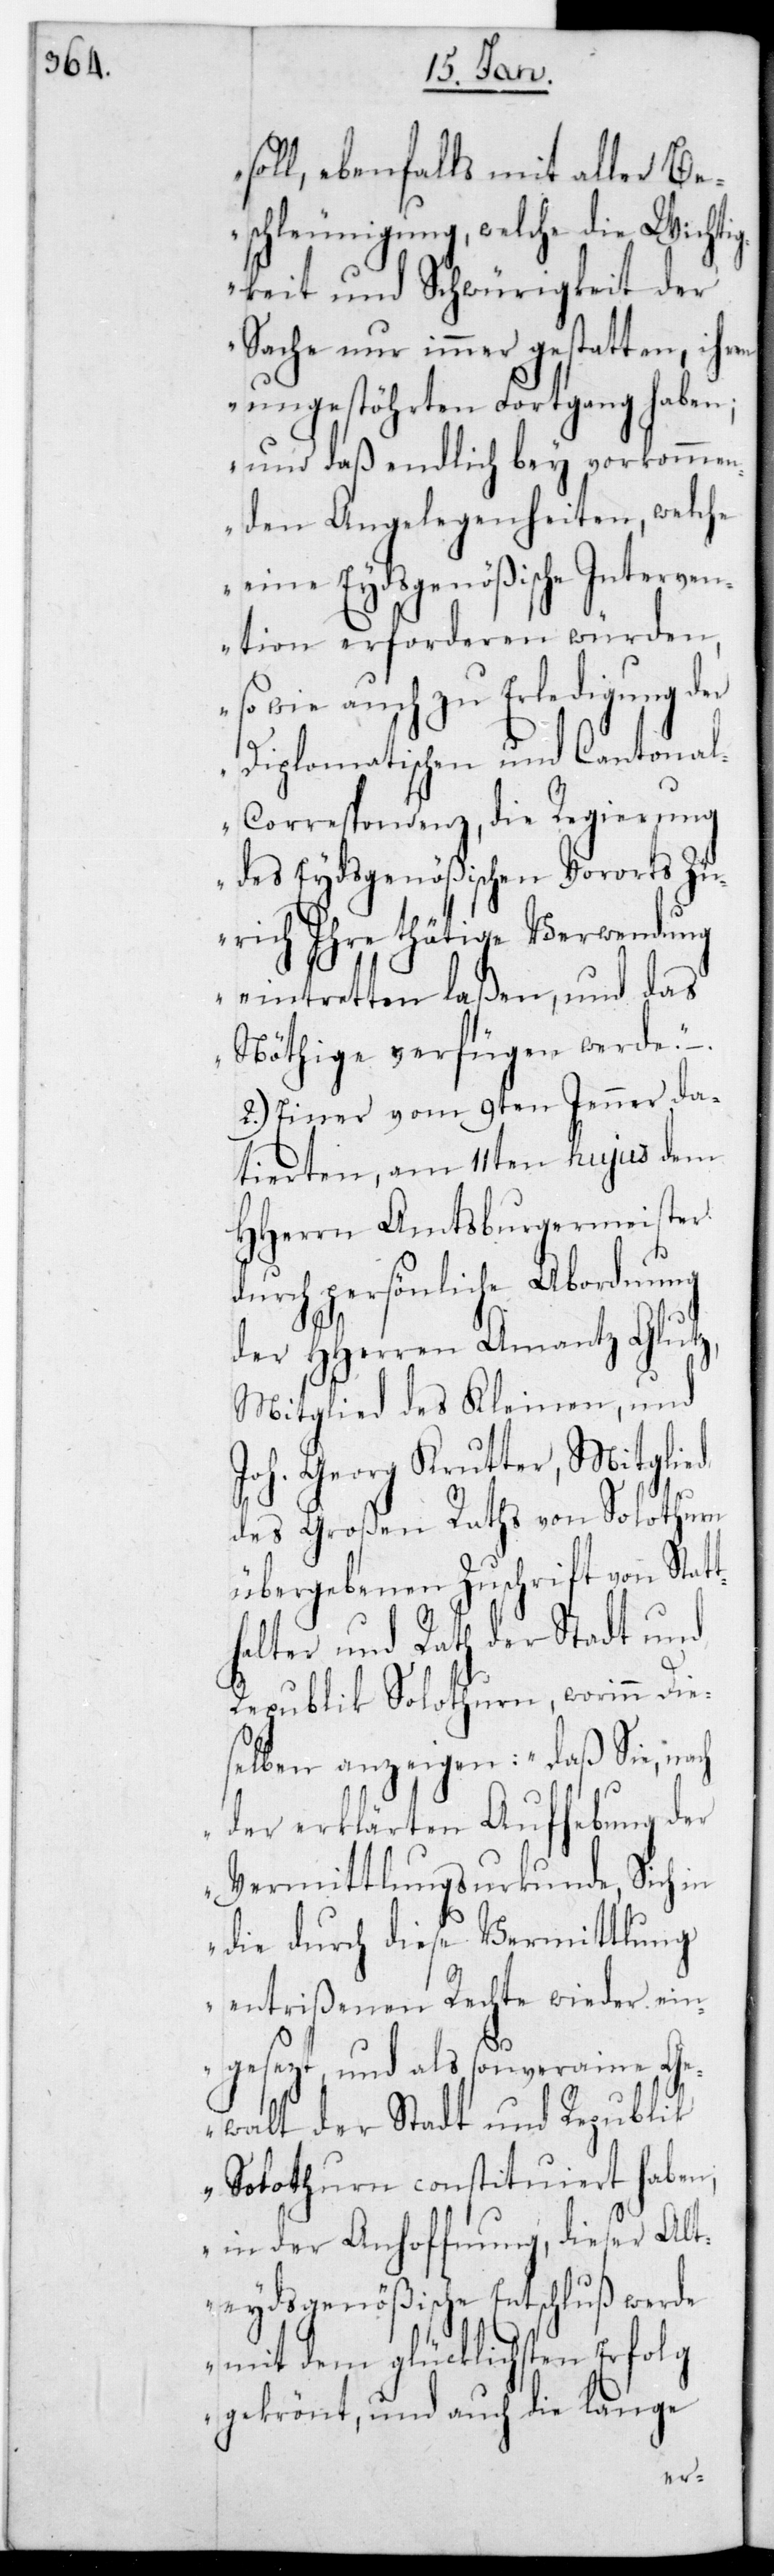
soll, ebenfalls mit aller Be¬
schleunigung, welche die Wichti¬
gkeit und Schwürigkeit der
Sache nur immer gestatten, ihren
ungestörten Fortgang haben;
und daß endlich bey vorkommen¬
den Angelegenheiten, welche
eine Eydsgenößische Interven¬
tion erforderen würden,
so wie auch zu Erledigung der
Diplomatischen und Cantona¬
l-Correspondenz, die Regierung
des Eydsgenößischen Vororts Zü¬
rich ihre thätige Verwendung
eintretten laßen, und das
Nöthige verfügen werde“.
2.) Einer vom 9ten Jenner da¬
tierten, am 11ten hujus dem
HHerrn Amtsburgermeister
durch persönliche Abordnung
der HHerren Amantz Glutz,
Mitglied des Kleinen, und
Joh. Georg Krutter, Mitglied
des Großen Raths von Solothurn,
übergebenen Zuschrift von Stat¬
thalter und Rath der Stadt und
Republik Solothurn, worinn die¬
selben anzeigen: „Daß Sie,
der erklärten Aufhebung der
Vermittlungs-Urkunde, Sich in
die durch diese Vermittlung
entrißenen Rechte wieder ein¬
gesetzt, und als souveraine Ge¬
walt der Stadt und Republik
Solothurn constituiert haben,
in der Anhoffnung, dieser alt¬
eydsgenößische Entschluß werde
mit dem glücklichsten
gekrönt, und auch die lange